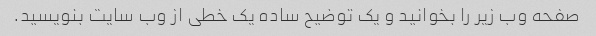
صفحه وب زیر را بخوانید و یک توضیح ساده یک خطی از وب سایت بنویسید.